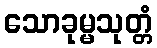
သောခုမ္မသုတ္တံ